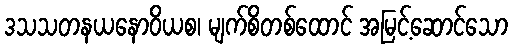
ဒသသတနယနောဝိယစ၊ မျက်စိတစ်ထောင် အမြင့်ဆောင်သော